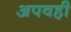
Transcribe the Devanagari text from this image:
अपवही